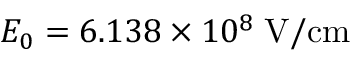
{ \cal E } _ { 0 } = 6 . 1 3 8 \times 1 0 ^ { 8 } \; \mathrm { V / c m }